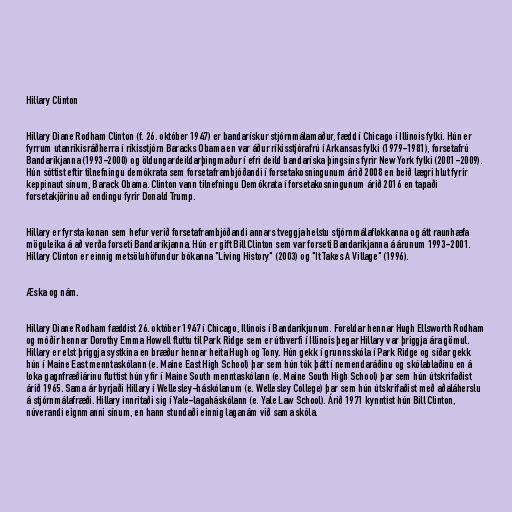
Hillary Clinton

Hillary Diane Rodham Clinton (f. 26. október 1947) er bandarískur stjórnmálamaður, fædd í Chicago í Illinois fylki. Hún er
fyrrum utanríkisráðherra í ríkisstjórn Baracks Obama en var áður ríkisstjórafrú í Arkansas fylki (1979-1981), forsetafrú
Bandaríkjanna (1993-2000) og öldungardeildarþingmaður í efri deild bandaríska þingsins fyrir New York fylki (2001-2009).
Hún sóttist eftir tilnefningu demókrata sem forsetaframbjóðandi í forsetakosningunum árið 2008 en beið lægri hlut fyrir
keppinaut sínum, Barack Obama. Clinton vann tilnefningu Demókrata í forsetakosningunum árið 2016 en tapaði
forsetakjörinu að endingu fyrir Donald Trump.

Hillary er fyrsta konan sem hefur verið forsetaframbjóðandi annars tveggja helstu stjórnmálaflokkanna og átt raunhæfa
möguleika á að verða forseti Bandaríkjanna. Hún er gift Bill Clinton sem var forseti Bandaríkjanna á árunum 1993-2001.
Hillary Clinton er einnig metsöluhöfundur bókanna "Living History" (2003) og "It Takes A Village" (1996).

Æska og nám.

Hillary Diane Rodham fæddist 26. október 1947 í Chicago, Illinois í Bandaríkjunum. Foreldar hennar Hugh Ellsworth Rodham
og móðir hennar Dorothy Emma Howell fluttu til Park Ridge sem er úthverfi í Illinois þegar Hillary var þriggja ára gömul.
Hillary er elst þriggja systkina en bræður hennar heita Hugh og Tony. Hún gekk í grunnsskóla í Park Ridge og síðar gekk
hún í Maine East menntaskólann (e. Maine East High School) þar sem hún tók þátt í nemendaráðinu og skólablaðinu en á
loka gagnfræðiárinu fluttist hún yfir í Maine South menntaskólann (e. Maine South High School) þar sem hún útskrifaðist
árið 1965. Sama ár byrjaði Hillary í Wellesley-háskólanum (e. Wellesley College) þar sem hún útskrifaðist með aðaláherslu
á stjórnmálafræði. Hillary innritaði sig í Yale-lagaháskólann (e. Yale Law School). Árið 1971 kynntist hún Bill Clinton,
núverandi eignmanni sínum, en hann stundaði einnig laganám við sama skóla.